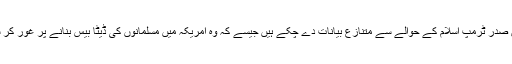
ماضی میں صدر ٹرمپ اسلام کے حوالے سے متنازع بیانات دے چکے ہیں جیسے کہ وہ امریکہ میں مسلمانوں کی ڈیٹا بیس بنانے پر غور کر سکتے ہیں۔